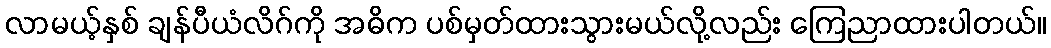
လာမယ့်နှစ် ချန်ပီယံလိဂ်ကို အဓိက ပစ်မှတ်ထားသွားမယ်လို့လည်း ကြေညာထားပါတယ်။